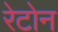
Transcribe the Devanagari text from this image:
रेटोन